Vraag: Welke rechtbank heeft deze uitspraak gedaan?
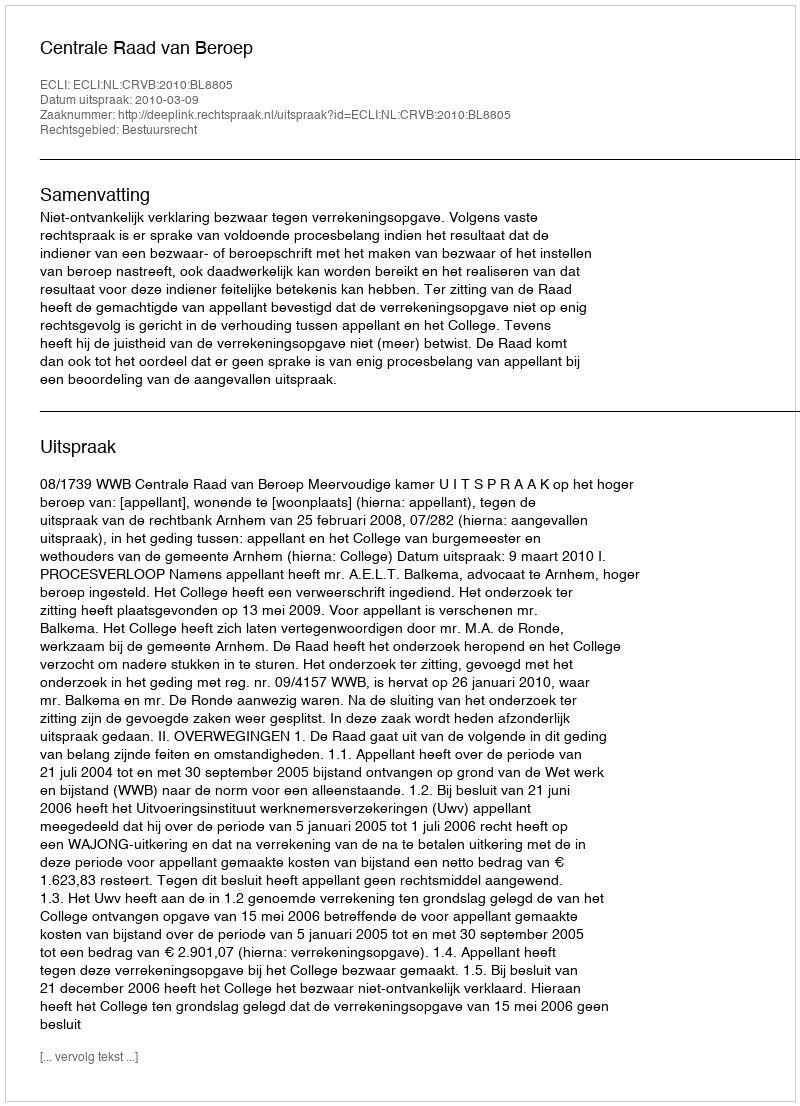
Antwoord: Centrale Raad van Beroep